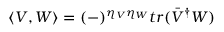
\left\langle V , W \right\rangle = ( - ) ^ { \eta _ { V } \eta _ { W } } t r ( \bar { V } ^ { \dagger } W )